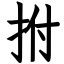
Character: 拊